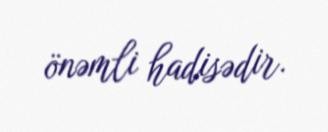
önəmli hadisədir.